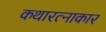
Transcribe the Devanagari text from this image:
कथारत्नाकार